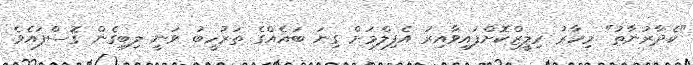
"ކެދާރުނާތު" މިހާރު ރިލީޒްކޮށްފައިވާއިރު އެފިލްމަށް ގިނަ ބައެއްގެ ތަރުހީބު ވަނީ ލިބިގެން ގޮސްފައެވެ.